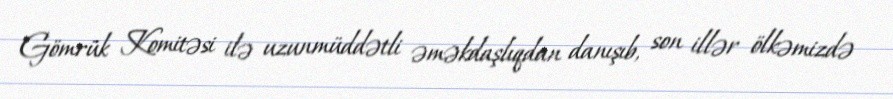
Gömrük Komitəsi ilə uzunmüddətli əməkdaşlıqdan danışıb, son illər ölkəmizdə